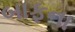
બાફના